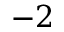
- 2